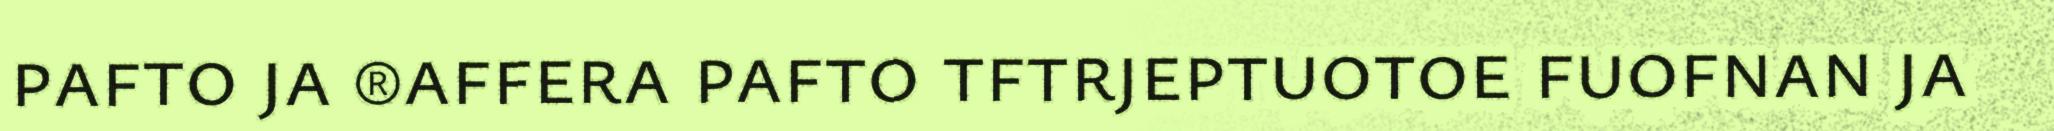
pafto ja ®affera pafto tftrjeptuotoe fuofnan ja